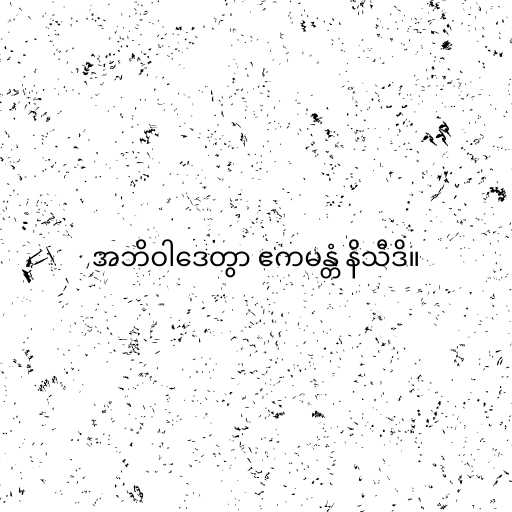
အဘိဝါဒေတွာ ဧကမန္တံ နိသီဒိ။